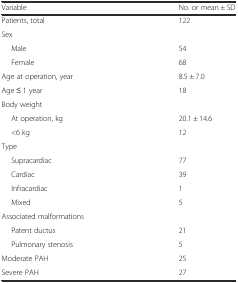
<table><thead><tr><td><b>Variable</b></td><td><b>No. or mean ± SD</b></td></tr></thead><tbody><tr><td>Patients, total</td><td>122</td></tr><tr><td colspan="2">Sex</td></tr><tr><td>Male</td><td>54</td></tr><tr><td>Female</td><td>68</td></tr><tr><td>Age at operation, year</td><td>8.5 ± 7.0</td></tr><tr><td>Age ≤ 1 year</td><td>18</td></tr><tr><td colspan="2">Body weight</td></tr><tr><td>At operation, kg</td><td>20.1 ± 14.6</td></tr><tr><td>&lt;6 kg</td><td>12</td></tr><tr><td colspan="2">Type</td></tr><tr><td>Supracardiac</td><td>77</td></tr><tr><td>Cardiac</td><td>39</td></tr><tr><td>Infracardiac</td><td>1</td></tr><tr><td>Mixed</td><td>5</td></tr><tr><td colspan="2">Associated malformations</td></tr><tr><td>Patent ductus</td><td>21</td></tr><tr><td>Pulmonary stenosis</td><td>5</td></tr><tr><td>Moderate PAH</td><td>25</td></tr><tr><td>Severe PAH</td><td>27</td></tr></tbody></table>